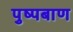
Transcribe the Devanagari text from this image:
पुष्पबाण